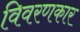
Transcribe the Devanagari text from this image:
विवरणकार